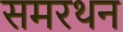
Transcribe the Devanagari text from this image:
समरथन